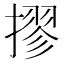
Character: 摎